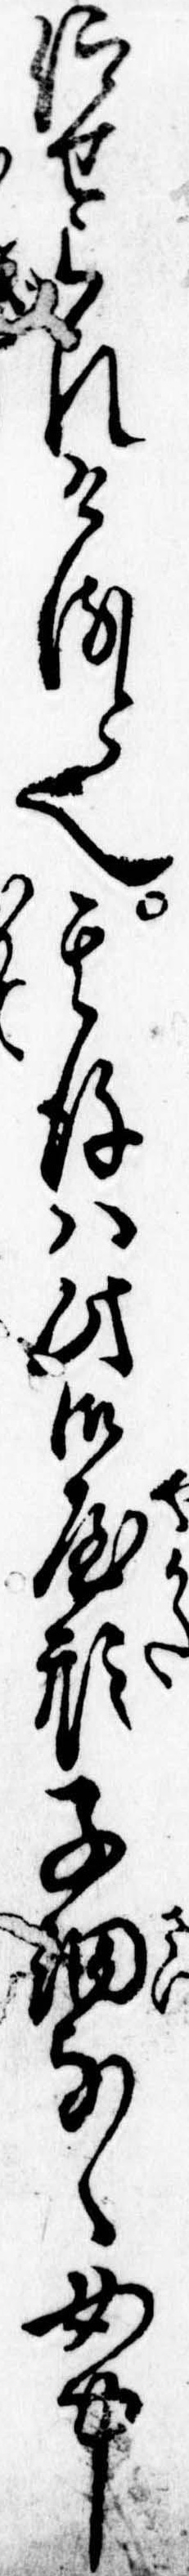
仰せられけると也其後は此御屋形子細なく女中